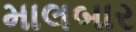
માલબાર